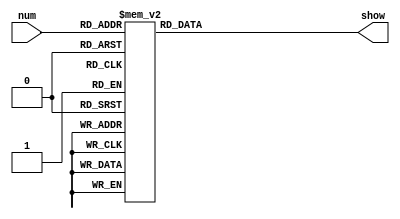
`timescale 1ns / 1ps
//////////////////////////////////////////////////////////////////////////////////
// company: 
// Engineer: 
// 
// Design Name: 
// Module Name: showNumber
// Project Name: 
// Target Devices: 
// Tool Versions: 
// Description: 
// 
// Dependencies: 
// 
// Revision:
// Revision 0.01 - File created
// Additional comments:
// 
//////////////////////////////////////////////////////////////////////////////////


module showNumber(num, show);
	input [3:0] num;
	output reg[6:0] show;
	
	always @(num)
	begin
		case(num)
			4'b0000: show <= 7'b1000000; //0
			4'b0001: show <= 7'b1111001; //1
			4'b0010: show <= 7'b0100100; //2
			4'b0011: show <= 7'b0110000; //3
			4'b0100: show <= 7'b0011001; //4
			4'b0101: show <= 7'b0010010; //5
			4'b0110: show <= 7'b0000010; //6
			4'b0111: show <= 7'b1111000; //7
			4'b1000: show <= 7'b0000000; //8
			4'b1001: show <= 7'b0010000; //9
			4'b1010: show <= 7'b0001000; //a
			4'b1011: show <= 7'b0000011; //b
			4'b1100: show <= 7'b1000110; //C
			4'b1101: show <= 7'b0100001; //d
			4'b1110: show <= 7'b0000110; //E
			4'b1111: show <= 7'b0001110; //F
			default: show <= 7'b0110110; //error
		endcase
	end
endmodule